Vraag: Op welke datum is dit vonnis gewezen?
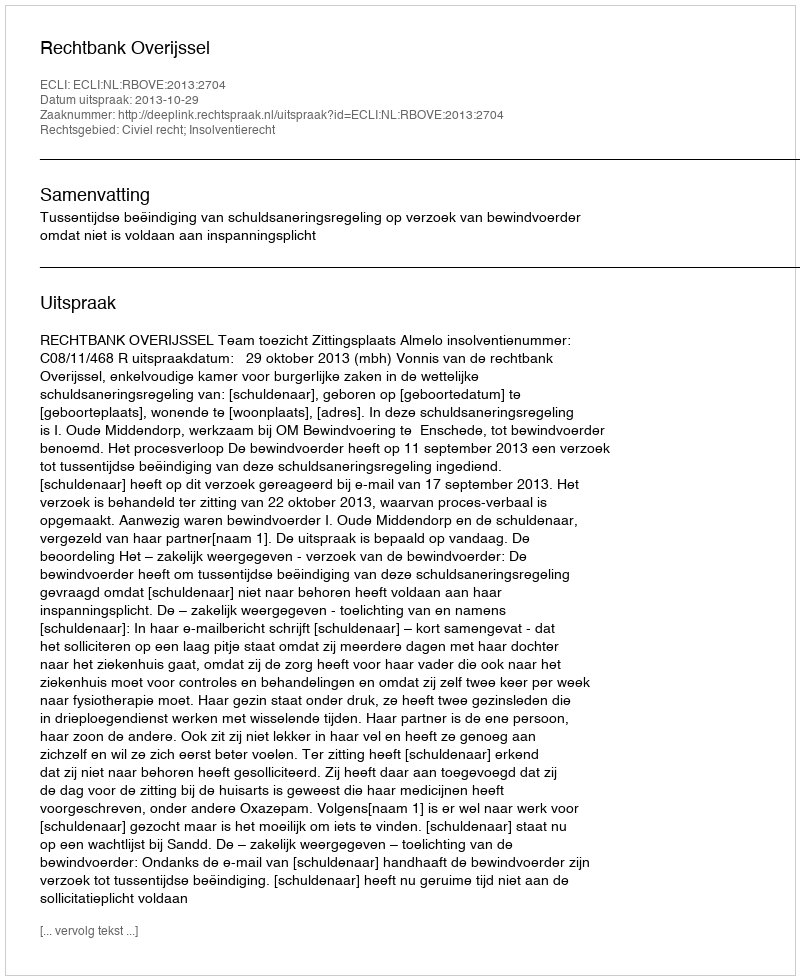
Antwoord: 2013-10-29